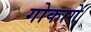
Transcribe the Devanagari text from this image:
गोकागे